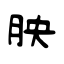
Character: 胦